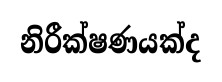
නිරීක්ෂණයක්ද